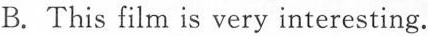
B. This film is very interesting.